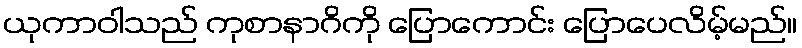
ယုကာဝါသည် ကုစာနာဂိကို ပြောကောင်း ပြောပေလိမ့်မည်။